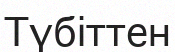
Түбіттен